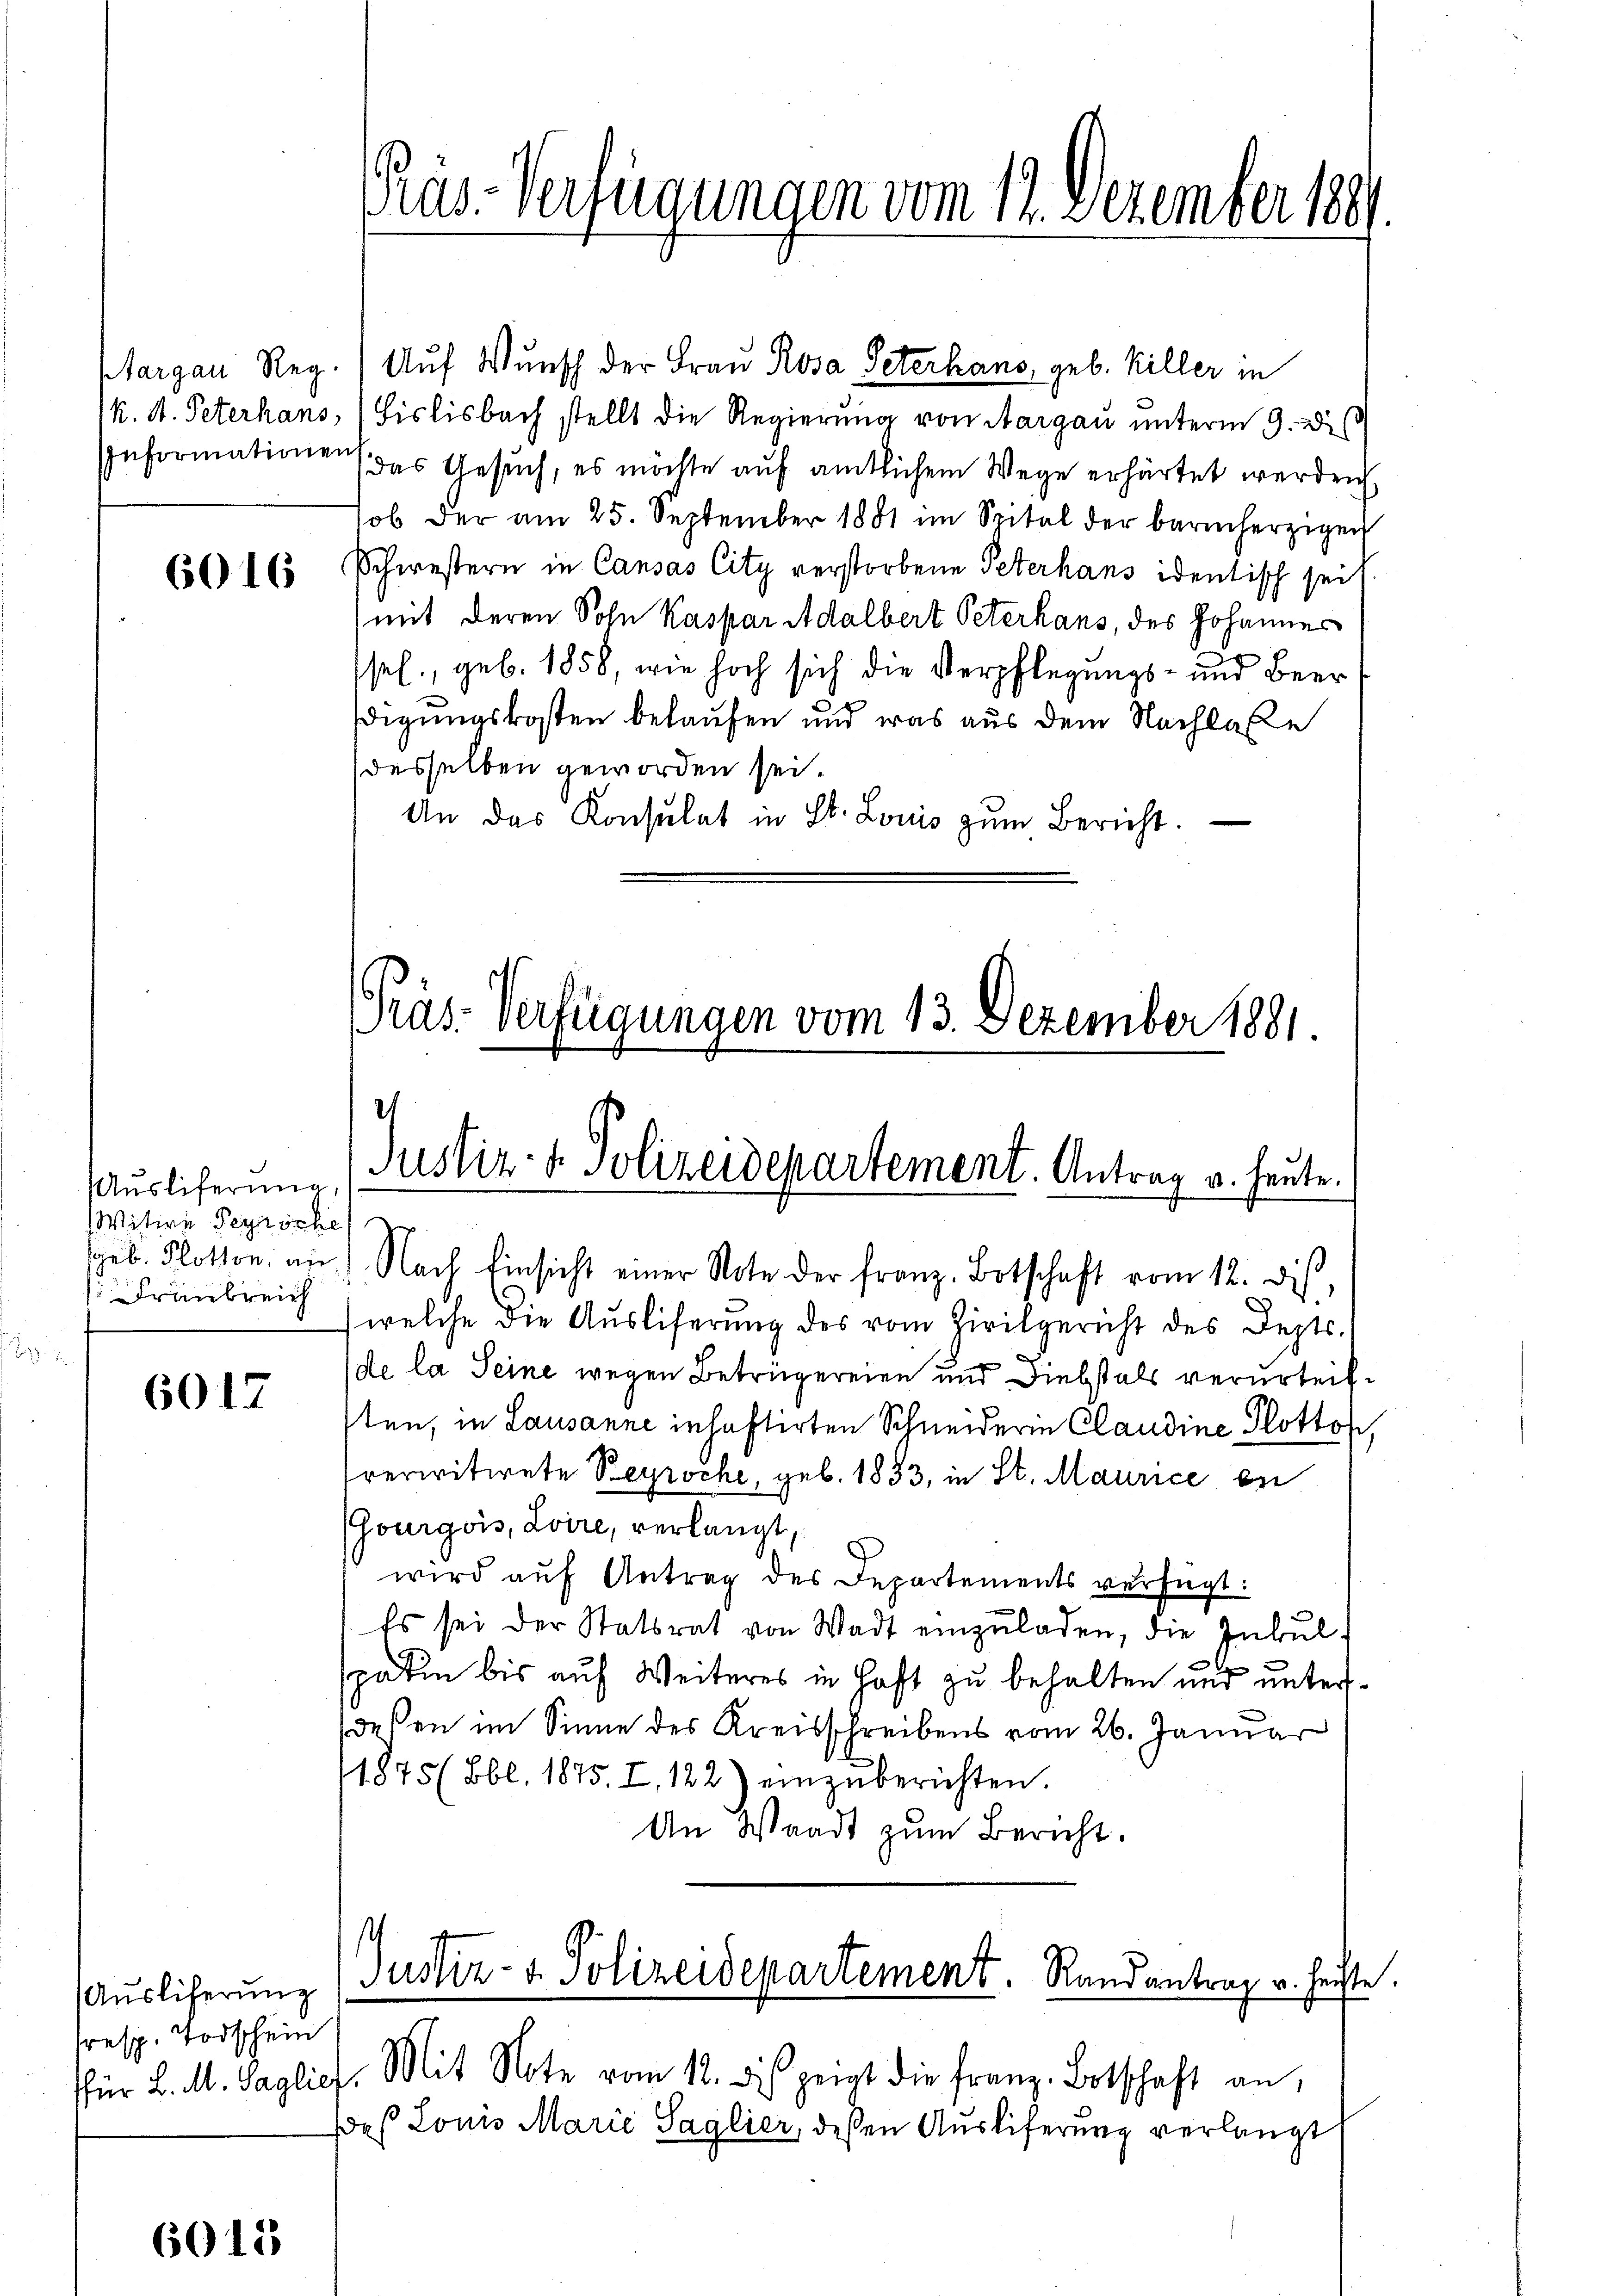
Informationen,

6016

Aŭsliferung,
Witwe Peyröche
Drausreich
e

6017

Auslicherung
resp. Todschein

6015

Margau Reg. (Auf Wunsch der Frau Rosa Peterhans, geb. Biller in
k. M. Peterhans, Fislisbach stellt die Regierung von Aargau unterm 9. Dis
das Gesuch, es möchte auf amtlichem Wege erhärtet werden.
sob der am 25. September 1881 im Spital der barmherzigen
Schwestern in Causas City verstorbene Peterhaus identisch seit
(mit deren Sohn Kaspar Adalbert Peterhans, des Johannes
.
sel., geb. 1858, wie hoch sich die Verpflegungs- und Beer
digungskosten belaufen und was aus dem Nachlasse
desselben geworden sei.
An das Konsulat in St. Louis zum Bericht.

Päs-Verfügungen vom 12. Dezember 1899.

Prüs-Verfügungen vom 13. Dezember 1881.
Justiz- & Polizeidepartement. Antrag u. heute.

seb. Flotton, am 1. Nach Einsicht einer Note der franz Botschaft vom 12. dies,
welche die Ausliferung des vom Zivilgericht des Depts.
de la Seine wegen Betrügereien und Diebstals verurteilsten, in Lausanne inhaftirten Schneiderin Claudine Plottos,
sreviritirete Beyroche, geb. 1833, in St. Maurice en
(Gourgois, Loire, verlangt,
wird auf Antrag des Departements verfügt:
Es sei der Statsrat von Wadt einzŭladen, die Inbul-
spaten bis auf Weiteres in Haft zu behalten und untersdeßen im Sinne des Kreisschreibens vom 26. Januar
1875 (Bbl. 1875. I. 122) einzŭberichten.
An Waadt zum Bericht.

Justiz- u. Polizeidepartement. Randantrag u. heiste.

für L. M. Paglich. Mit Note vom 12. des zeigt die franz Botschaft an,
Daß Lonis Marić Saglier, deßen Auslieferung verlangt